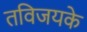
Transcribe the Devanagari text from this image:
तविजयके